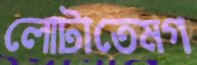
লোটাতেমগ